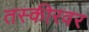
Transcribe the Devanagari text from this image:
तस्कीरवर